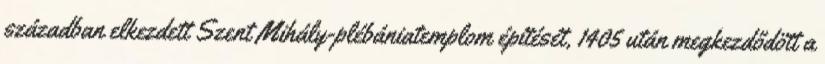
században elkezdett Szent Mihály-plébániatemplom építését, 1405 után megkezdődött a